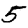
Digit: 5